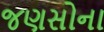
જણસોના